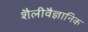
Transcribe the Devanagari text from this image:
शैलीवैज्ञानिक